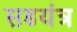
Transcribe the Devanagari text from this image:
सडयंत्र